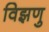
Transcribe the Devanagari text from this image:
विझणु